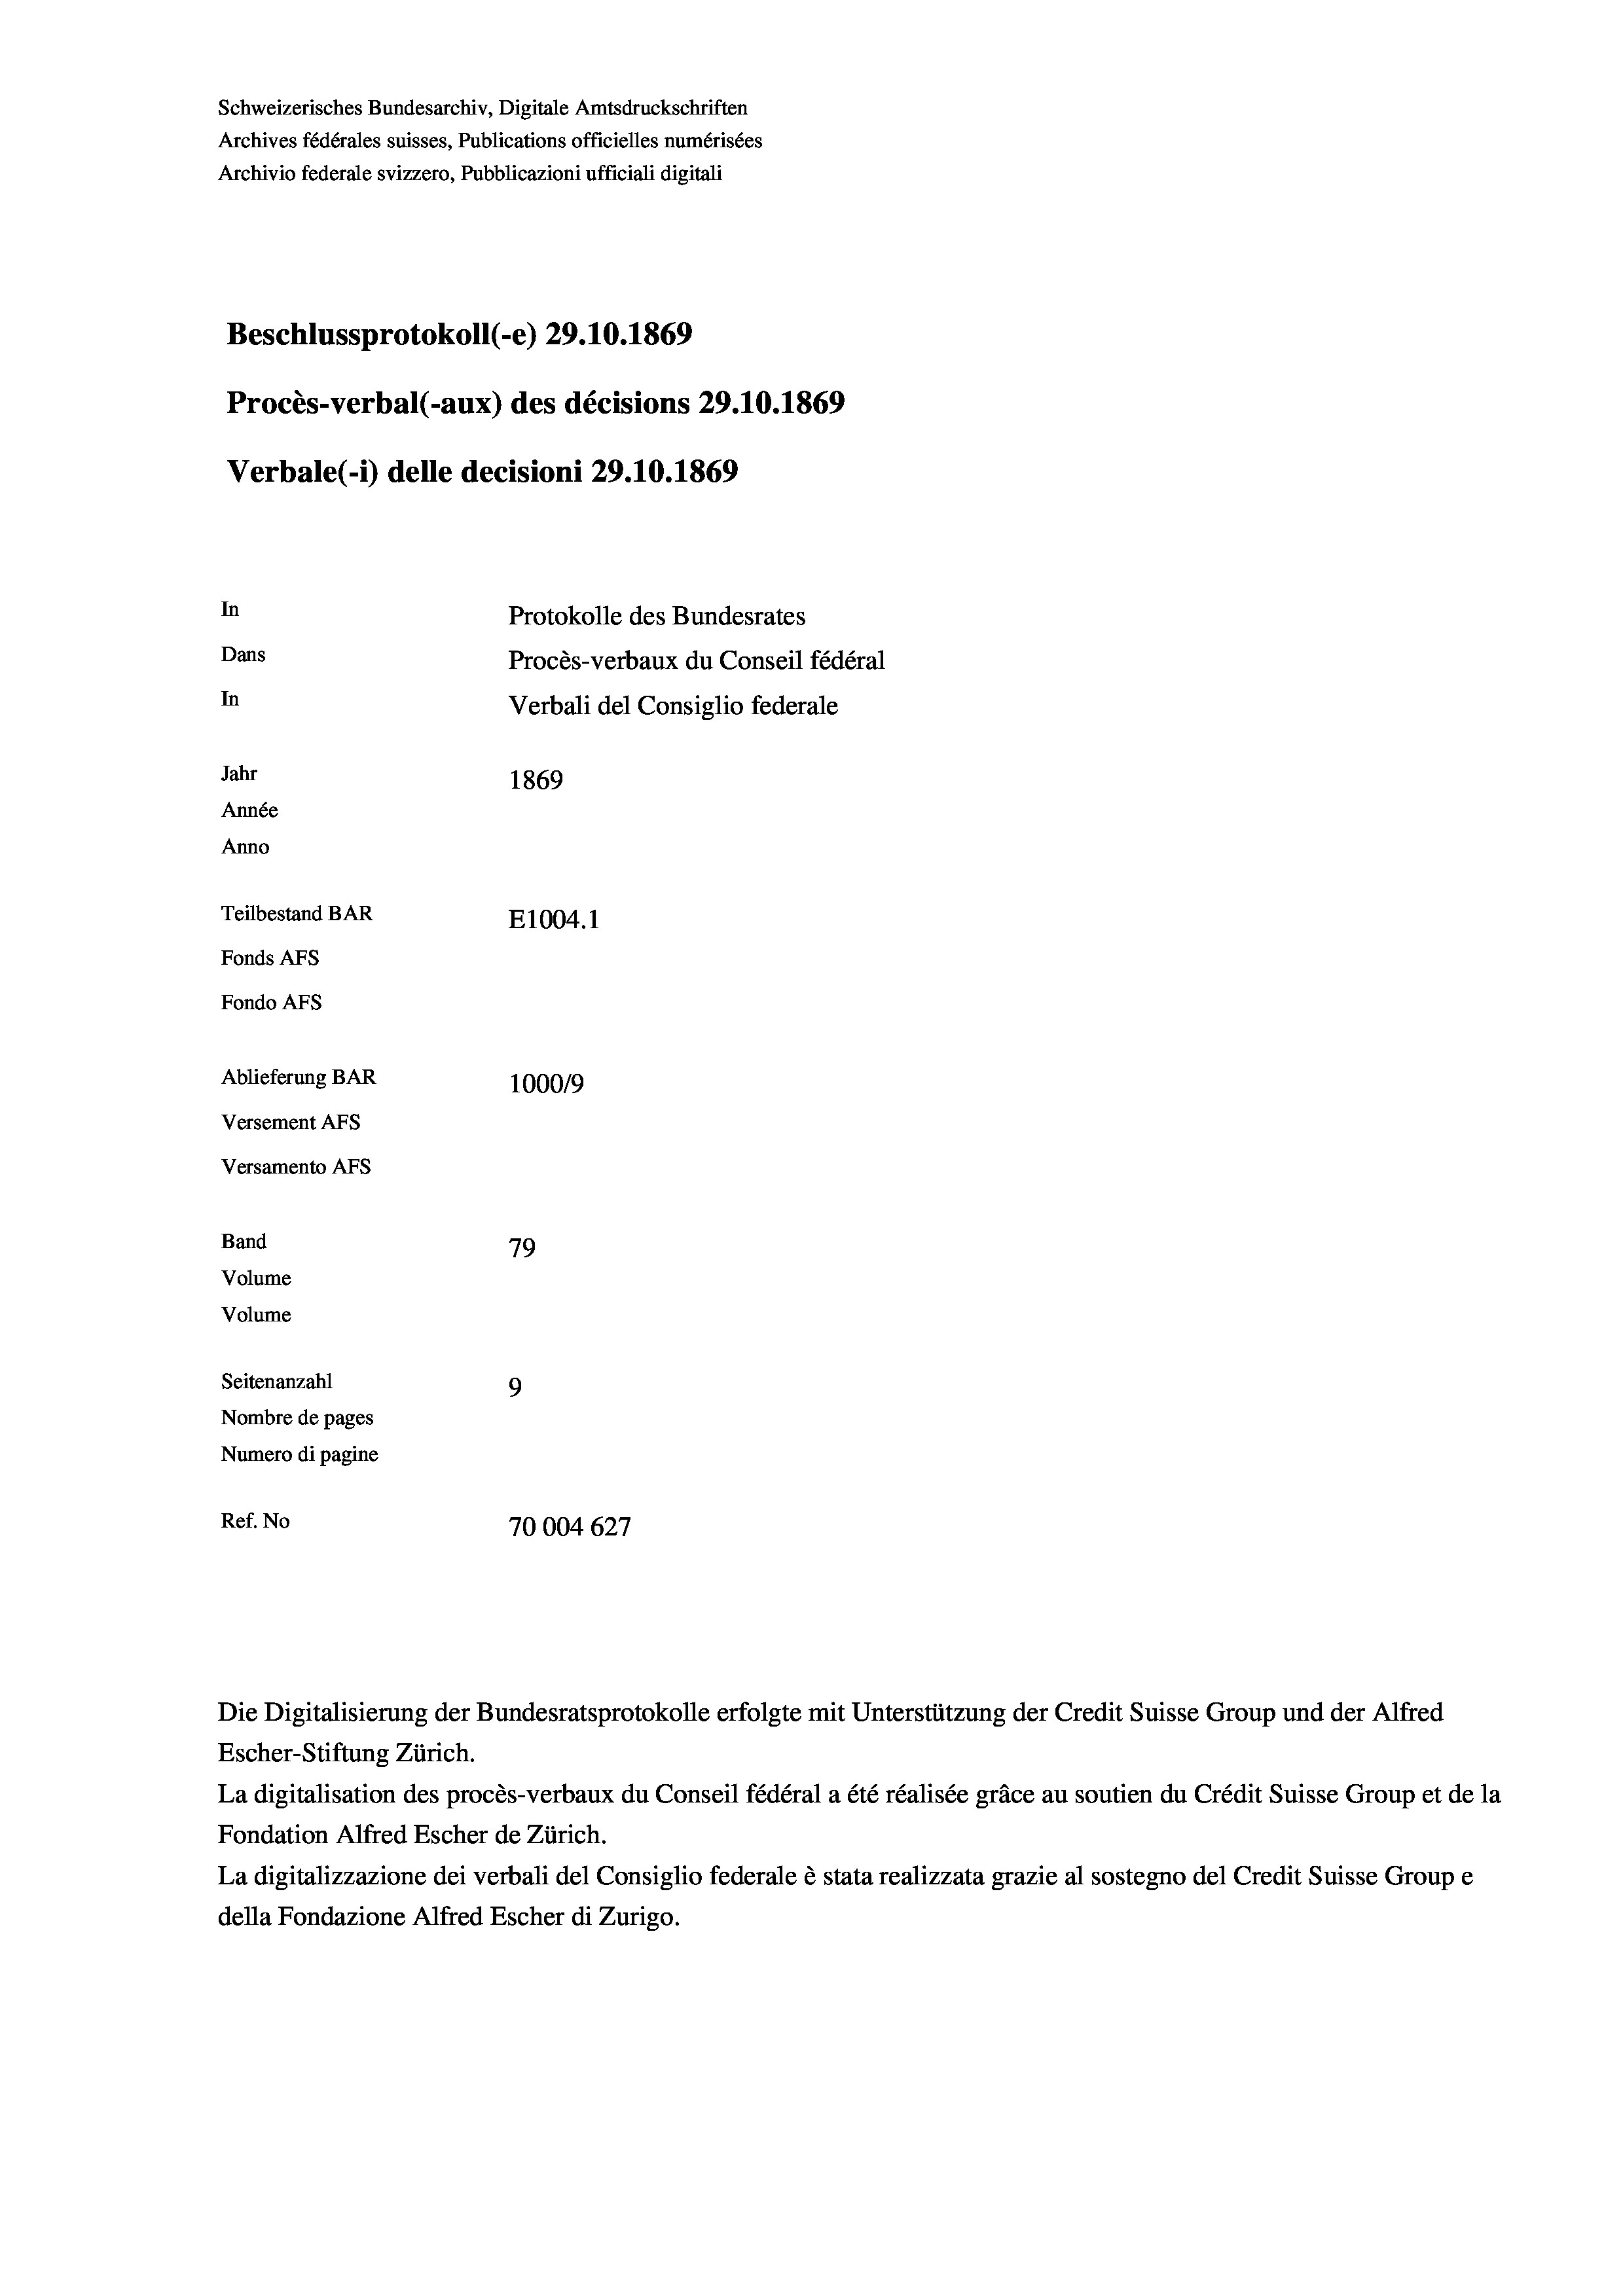
Schweizerisches Bundesarchiv, Digitale Amtsdruckschriften
Archives fédérales suisses, Publications officielles numérisées
Archivio federale svizzero, Pubblicazioni ufficiali digitali
Beschlussprotokoll (-e) 29.10.1869
Procès-verbal (-aux) des décisions 29.10.1869
Verbale (i) delle decisioni 29.10.1869
In
Protokolle des Bundesrates
Dans
Procès-verbaux du Conseil fédéral
In
Verbali del Consiglio federale
Jahr
1869
Année
Anno
Teilbestand BAR
E1004. 1
Fonds Afs
Fondo Afs
Ablieferung BAR
1000/9
Versement AFS
Versamento Afs
Band
79
Volume
Volume
Seitenanzahl
9

Nombre de pages
Numero di pagine
Ref. No
70004 627

.

Escher-Stiftung Zürich.
La digitalisation des procès-verbaux du Conseil fédéral a été réalisée gräce au soutien du Crédit Suisse Group et de la
Fondation Alfred Escher de Zürich.
La digitalizzazione dei verbali del Consiglio federale è stata realizzata grazie al sostegno del Credit Suisse Groupe
della Fondazione Alfred Escher di Zurigo.

Die Digitalisierung der Bundesratsprotokolle erfolgte mit Unterstützung der Credit Suisse Group und der Alfred